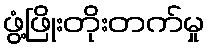
ဖွံ့ဖြိုးတိုးတက်မှု